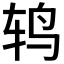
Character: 𮷙